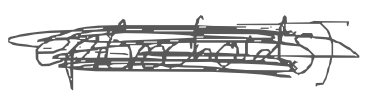
Text: epitrochoids)
Cross-out: scratch
Writing tool: digital_gray